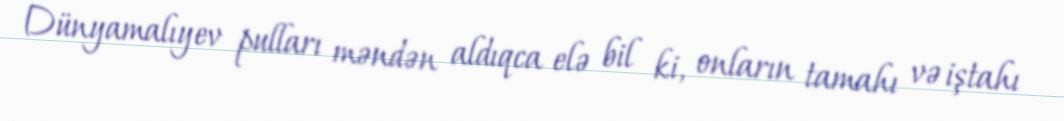
Dünyamalıyev pulları məndən aldıqca elə bil ki, onların tamahı və iştahı